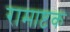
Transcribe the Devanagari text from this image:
रामाष्टक